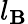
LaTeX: l_{\mathbf{B}}